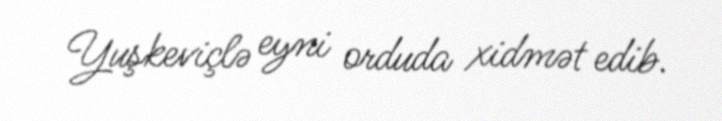
Yuşkeviçlə eyni orduda xidmət edib.